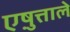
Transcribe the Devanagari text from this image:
एष़ुत्ताले